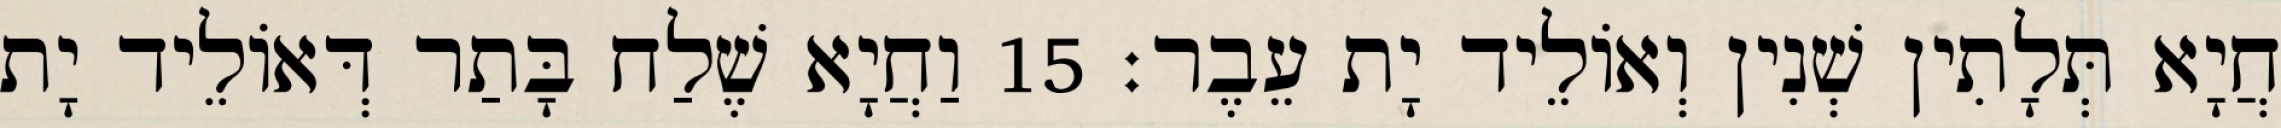
חֲיָא תְּלָתִין שְׁנִין וְאוֹלֵיד יָת עֵבֶר׃ 15 וַחֲיָא שֶׁלַח בָּתַר דְּאוֹלֵיד יָת